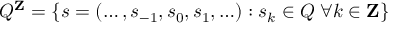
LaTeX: Q ^ { \mathbf { Z } } = \{ s = ( \ldots , s _ { - 1 } , s _ { 0 } , s _ { 1 } , \ldots ) : s _ { k } \in Q \; \forall k \in \mathbf { Z } \}